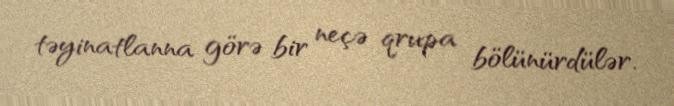
təyinatlanna görə bir neçə qrupa bölünürdülər.